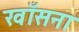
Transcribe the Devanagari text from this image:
खाँसना